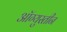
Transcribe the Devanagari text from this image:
ऑग्युस्तीन